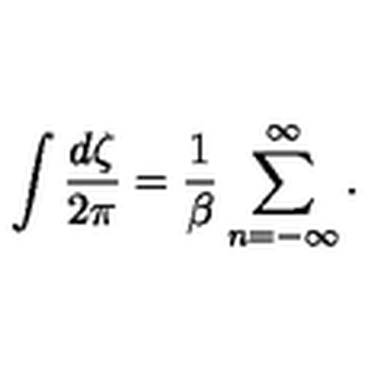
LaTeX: \int { \frac { d \zeta } { 2 \pi } } = { \frac { 1 } { \beta } } \sum _ { n = - \infty } ^ { \infty } .